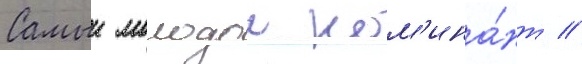
Самыи молодои ном'ина́нт //